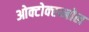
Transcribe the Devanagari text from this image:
ओक्टोक्स्य्नोल